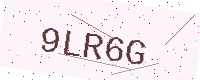
Text: 9LR6G